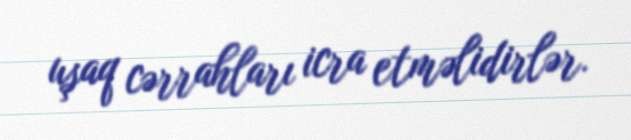
uşaq cərrahları icra etməlidirlər.